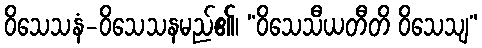
ဝိသေသနံ-ဝိသေသနမည်၏၊ “ဝိသေသီယတီတိ ဝိသေသျ”